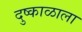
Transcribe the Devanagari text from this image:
दुष्काळाला